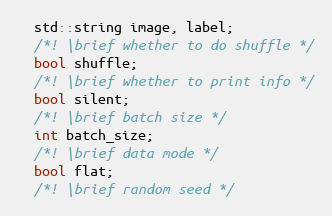
Language: C++
  std::string image, label;
  /*! \brief whether to do shuffle */
  bool shuffle;
  /*! \brief whether to print info */
  bool silent;
  /*! \brief batch size */
  int batch_size;
  /*! \brief data mode */
  bool flat;
  /*! \brief random seed */